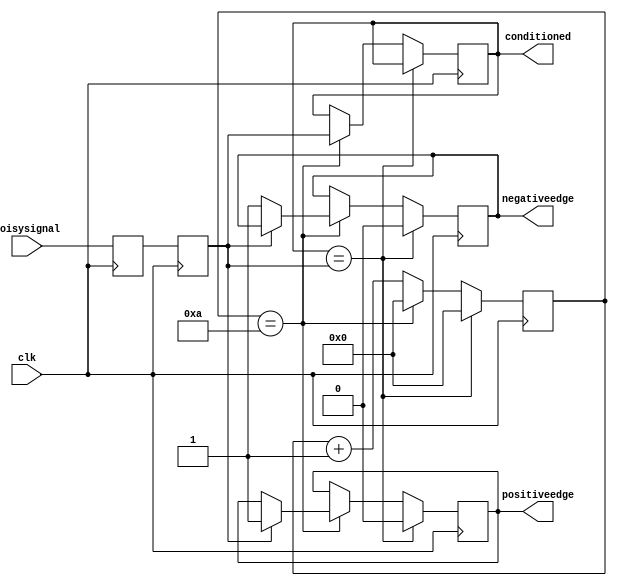
module inputconditioner(clk, noisysignal, conditioned, positiveedge, negativeedge);
output reg conditioned = 0;
output reg positiveedge = 0;
output reg negativeedge = 0;
input clk, noisysignal;

// variables
parameter counterwidth = 5;
parameter waittime = 10;
reg[counterwidth-1:0] counter = 0;
reg sync0 = 0;
reg sync1 = 0;

always @(posedge clk) begin
	// if last bit of buffer is the same as conditioned, 
	// no need to wait to see if change is consistent
	if (conditioned == sync1) begin
		counter <= 0;
		positiveedge <= 0;
		negativeedge <= 0;
	// otherwise we check the counter
	end else begin 
		// if the counter is at the end point, we approve this input
		if (counter == waittime) begin
			counter <= 0;
			conditioned <= sync1;
			// we know this is an edge--check if rising or falling
			if (sync1 == 1) begin
					positiveedge <= 1;
			end else begin
					negativeedge <= 1;
			end
		// otherwise we increment
		end else begin
			counter <= counter + 1;
		end
	end
	sync1 = sync0;
	sync0 = noisysignal;
	
end

endmodule